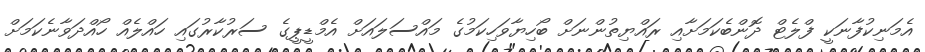
އެމަނިކުފާނަކީ ފްލެޓް ދޮންބެކަމަށާއި ރައްޔިތުންނަށް ބޯހިޔާވަހިކަމުގެ މައްސަލައަށް އެމްޑީޕީގެ ސަރުކާރުގައި ހައްލެއް ހޯއްދަވާނެކަމަށް